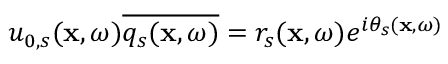
u _ { 0 , s } ( \mathbf { x } , \omega ) \overline { { q _ { s } ( \mathbf { x } , \omega ) } } = r _ { s } ( \mathbf { x } , \omega ) e ^ { i \theta _ { s } ( \mathbf { x } , \omega ) }